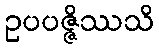
ဥပပဇ္ဇိဿသိ